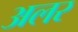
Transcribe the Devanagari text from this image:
अलर